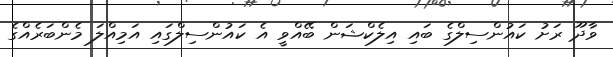
ވާދޫ ރަށު ކައުންސިލްގެ ބައި އިލެކްޝަން ބޭއްވީ އެ ކައުންސިލްގައި އަމިއްލަ މެންބަރެއްގެ